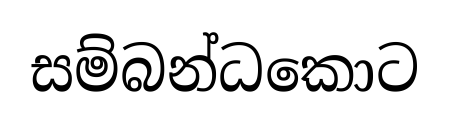
සම්බන්ධකොට